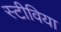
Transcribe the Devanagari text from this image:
स्टीविया